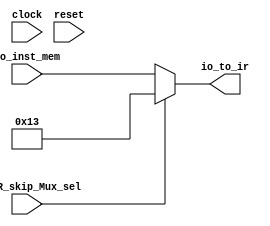
`ifdef RANDOMIZE_GARBAGE_ASSIGN
`define RANDOMIZE
`endif
`ifdef RANDOMIZE_INVALID_ASSIGN
`define RANDOMIZE
`endif
`ifdef RANDOMIZE_REG_INIT
`define RANDOMIZE
`endif
`ifdef RANDOMIZE_MEM_INIT
`define RANDOMIZE
`endif

module IR_skip_Mux(
  input         clock,
  input         reset,
  input  [31:0] io_inst_mem,
  input         io_IR_skip_Mux_sel,
  output [31:0] io_to_ir
);
  wire [31:0] _T_11;
  assign io_to_ir = _T_11;
  assign _T_11 = io_IR_skip_Mux_sel ? 32'h13 : io_inst_mem;
endmodule